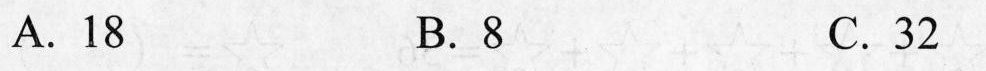
A.18 B.8 C.32